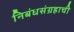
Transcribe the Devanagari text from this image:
निबंधसंग्रहाची